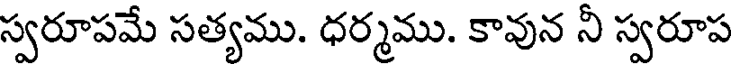
స్వరూపమే సత్యము. ధర్మము. కావున నీ స్వరూప